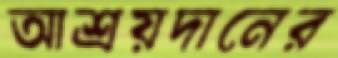
আশ্রয়দানের